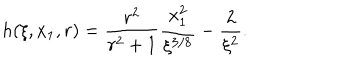
h ( \xi , x _ { 1 } , r ) = \frac { r ^ { 2 } } { r ^ { 2 } + 1 } \frac { x _ { 1 } ^ { 2 } } { \xi ^ { 3 / 8 } } - \frac { 2 } { \xi ^ { 2 } } .